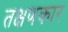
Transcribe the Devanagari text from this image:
तक्षणकार